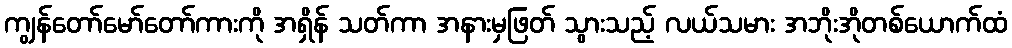
ကျွန်တော်မော်တော်ကားကို အရှိန် သတ်ကာ အနားမှဖြတ် သွားသည့် လယ်သမား အဘိုးအိုတစ်ယောက်ထံ